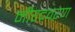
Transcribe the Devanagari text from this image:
नीरदवरण